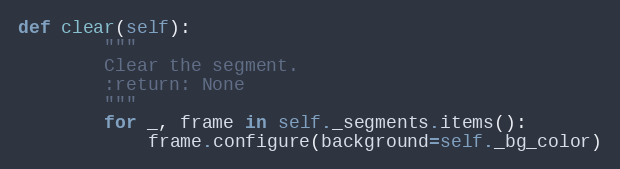
Language: Python
def clear(self):
        """
        Clear the segment.
        :return: None
        """
        for _, frame in self._segments.items():
            frame.configure(background=self._bg_color)